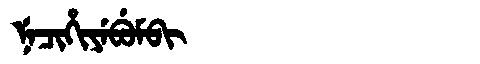
Manchu: ᠨᡝᠴᡳᡥᡳᠶᡝᠪᡠᠮᠪᡳ
Romanization: NECIHIYEBUMBI